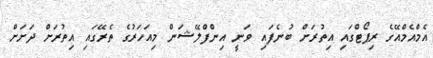
އެމްއެމްއޭގެ ރިޕޯޓްގައި އިތުރަށް ބުނެފައި ވަނީ އިންފްލޭޝަން މިއަހަރުގެ ތެރޭގައި އިތުރަށް ދަށަށް